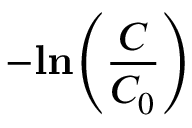
- \mathbf { l n } { \left( \frac { C } { C _ { 0 } } \right) }